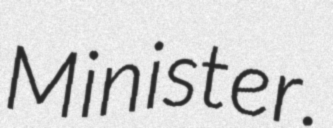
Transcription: Minister.